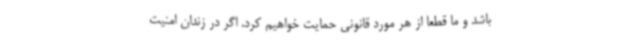
باشد و ما قطعا از هر مورد قانونی حمایت خواهیم کرد. اگر در زندان امنیت